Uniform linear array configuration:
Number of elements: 8
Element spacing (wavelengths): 0.25
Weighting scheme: binomial
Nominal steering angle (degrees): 30
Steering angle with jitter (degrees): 31.532
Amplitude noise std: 0.05
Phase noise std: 0.05

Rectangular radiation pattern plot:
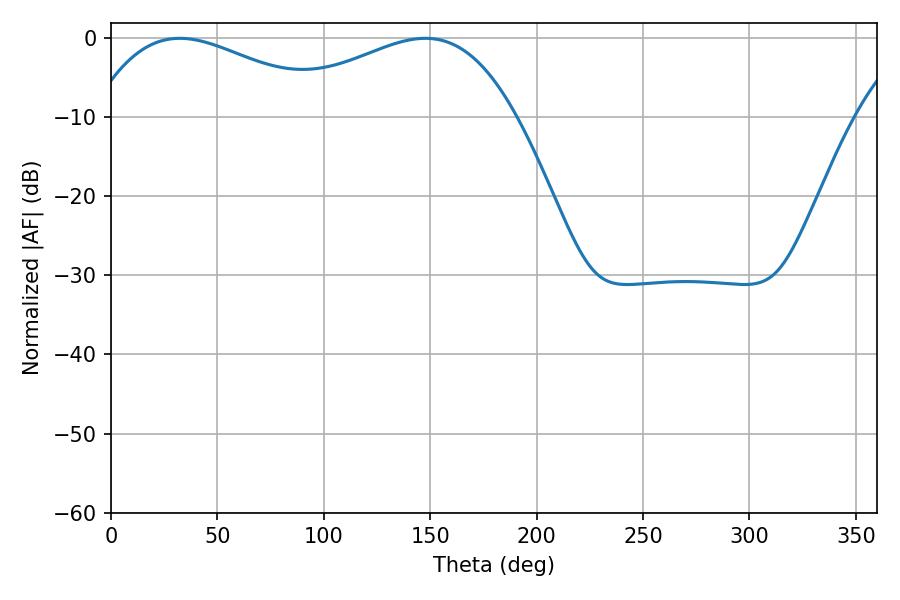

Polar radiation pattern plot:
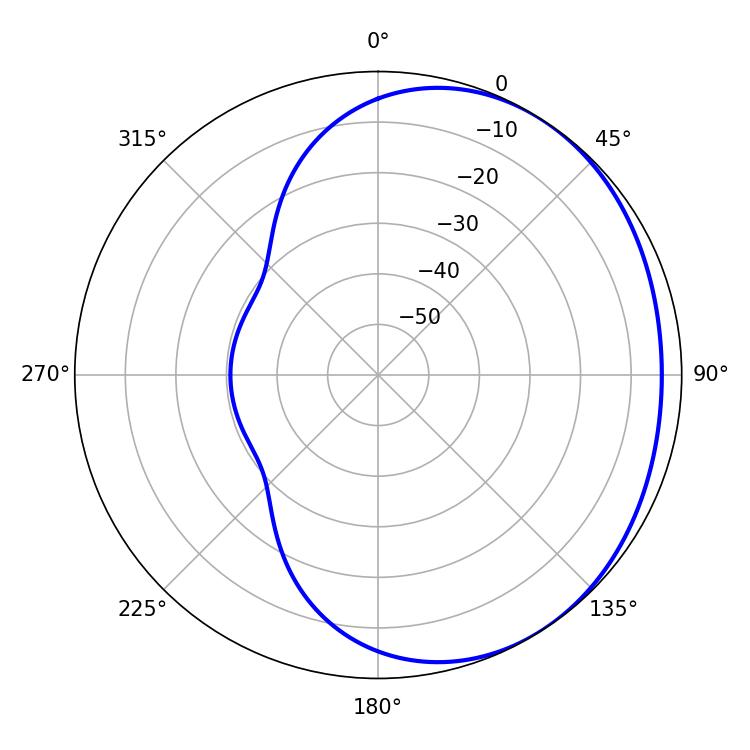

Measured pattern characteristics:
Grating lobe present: FALSE
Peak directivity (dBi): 1.875
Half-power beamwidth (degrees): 62.64
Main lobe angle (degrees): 32.22